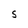
Character: S